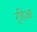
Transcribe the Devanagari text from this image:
र्‍हिआ